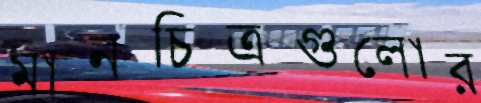
মানচিত্রগুলোর